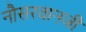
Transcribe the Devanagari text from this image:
नौसरवानजी